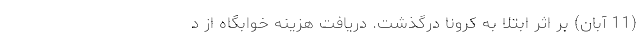
(11 آبان) بر اثر ابتلا به کرونا درگذشت. دریافت هزینه خوابگاه از د